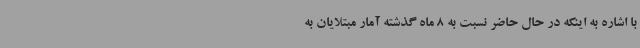
با اشاره به اینکه در حال حاضر نسبت به 8 ماه گذشته آمار مبتلایان به